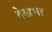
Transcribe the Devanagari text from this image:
देखभा